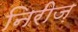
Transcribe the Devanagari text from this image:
निरीज़